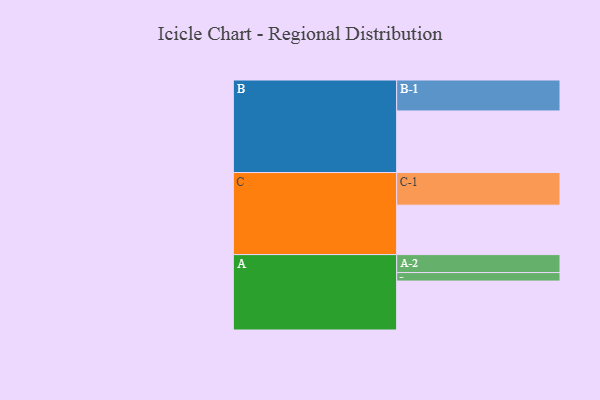
{"axis": {"x": "Segment", "y": "Value"}, "legend": ["", "A", "B", "C"], "data": [{"x": "A", "y": 403, "type": ""}, {"x": "B", "y": 507, "type": ""}, {"x": "C", "y": 407, "type": ""}, {"x": "A-1", "y": 70, "type": "A"}, {"x": "A-2", "y": 148, "type": "A"}, {"x": "B-1", "y": 255, "type": "B"}, {"x": "C-1", "y": 269, "type": "C"}]}